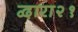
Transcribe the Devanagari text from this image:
द्वारा२१